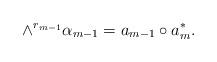
LaTeX: \begin{align*} \wedge^{r_{m-1}}\alpha_{m-1}=a_{m-1}\circ a_m^*. \end{align*}